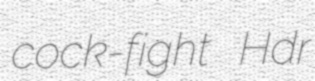
cock-fight Hdr